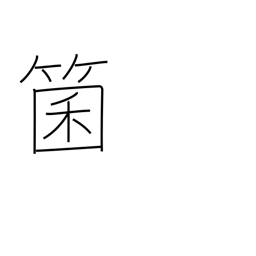
Meaning: dice